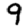
Digit: 9